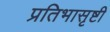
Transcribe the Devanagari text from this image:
प्रतिभासृष्टी